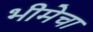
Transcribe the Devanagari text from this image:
भीमेचा